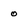
Character: o